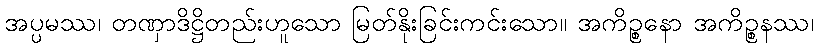
အပ္ပမဿ၊ တဏှာဒိဋ္ဌိတည်းဟူသော မြတ်နိုးခြင်းကင်းသော။ အကိဉ္စနော အကိဉ္စနဿ၊